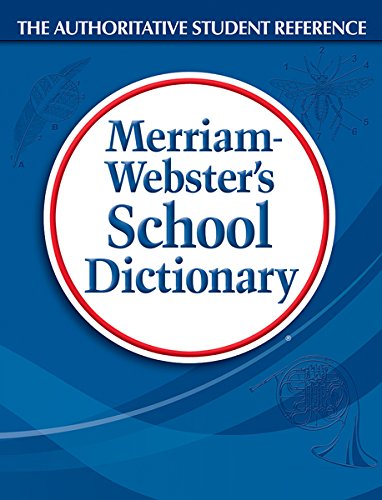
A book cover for Merriam-Webster's School Dictionary; Merriam-Webster; Teen & Young Adult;